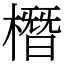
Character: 橬